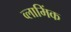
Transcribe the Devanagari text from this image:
व्लामिंक